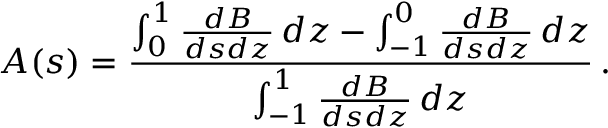
A ( s ) = { \frac { \int _ { 0 } ^ { 1 } { \frac { d B } { d s d z } } \, d z - \int _ { - 1 } ^ { 0 } { \frac { d B } { d s d z } } \, d z } { \int _ { - 1 } ^ { 1 } { \frac { d B } { d s d z } } \, d z } } \, .